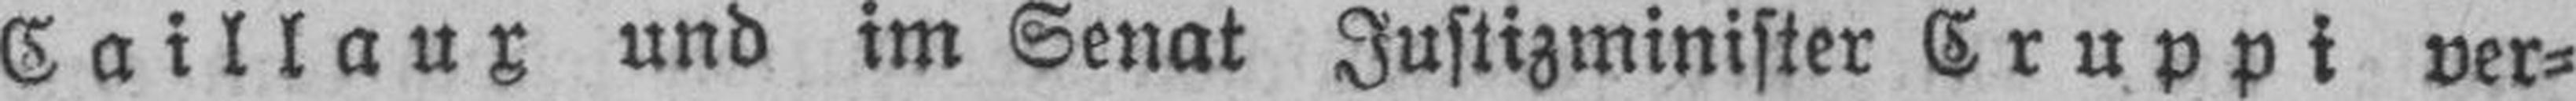
Caillaux und im Senat Justizminister Cruppi ver¬